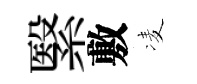
繄敷凌